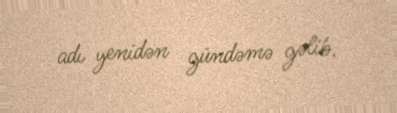
adı yenidən gündəmə gəlib.